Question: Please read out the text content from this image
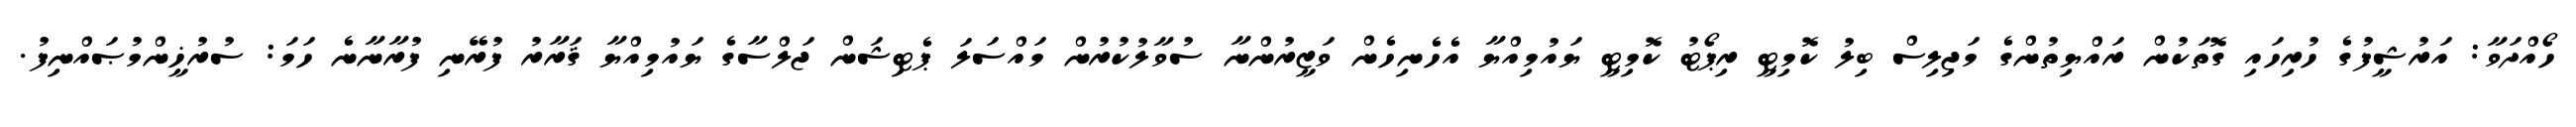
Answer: ހޯއްދަވާ: އަރުޝީފުގެ ހުރިހައި ގޮތަކުން ރައްޔިތުންގެ މަޖިލިސް ބިލު ކޮމިޓީ ރިޕޯޓު ކޮމިޓީ ޔައުމިއްޔާ އެހެނިހެން ވަޒީރުންނާ ސުވާލުކުރުން މައްސަލަ ޕެޓިޝަން ޖަލްސާގެ ޔައުމިއްޔާ ޤަރާރު ފުރޭނި ފުރާނާނެ ހަމަ: ސުރުޚީންމުޞައްނިފު.